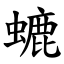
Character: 螰